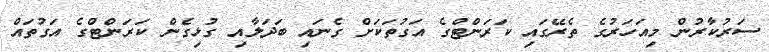
ސަރުކާރުން މިއަހަރުގެ ތެރޭގައި ކަރަންޓްގެ އަގުތަކަށް ގެނައި ބަދަލާއި ގުޅިގެން ކަރަންޓްގެ އަގުތައް